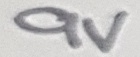
Text: 9V